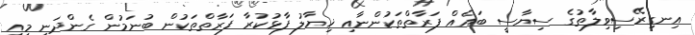
އިނގިރޭސިވިލާތުގެ ސިޔާސީ ބައެއް ފަރާތްތަކުންނާއި ޚިޔާލު ފާޅުކުރާ ފަރާތްތަކުން ބުނަމުން ގެންދަނީ މިއީ